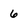
Character: 6